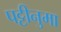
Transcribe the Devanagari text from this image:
पट्टीनुमा